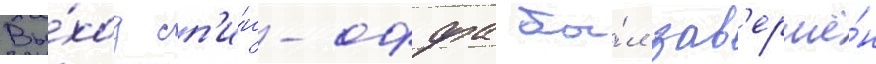
Вы́ход сп'и́н-оффа бы́л зав'ершё́н